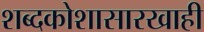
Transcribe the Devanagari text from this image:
शब्दकोशासारखाही